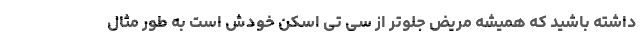
داشته باشید که همیشه مریض جلوتر از سی تی اسکن خودش است به طور مثال